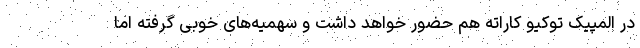
در المپیک توکیو کاراته هم حضور خواهد داشت و سهمیه‌های خوبی گرفته اما